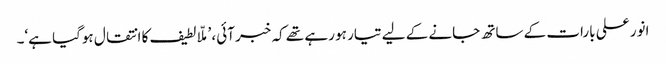
انور علی بارات کے ساتھ جانے کے لیے تیار ہو رہے تھے کہ خبر آئی، ’ملّا لطیف کا انتقال ہوگیا ہے‘۔